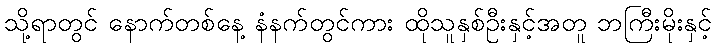
သို့ရာတွင် နောက်တစ်နေ့ နံနက်တွင်ကား ထိုသူနှစ်ဦးနှင့်အတူ ဘကြီးမိုးနှင့်